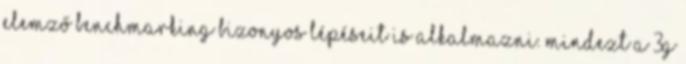
elemző benchmarking bizonyos lépéseit is alkalmazni. Mindezt a 3G